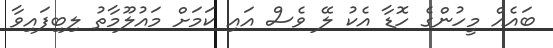
ބައެއް މީހުންގެ ހޮޑާ އެކު ލޭ ވެސް އައި ކަމަށް މައުލޫމާތު ލިބިފައިވާ